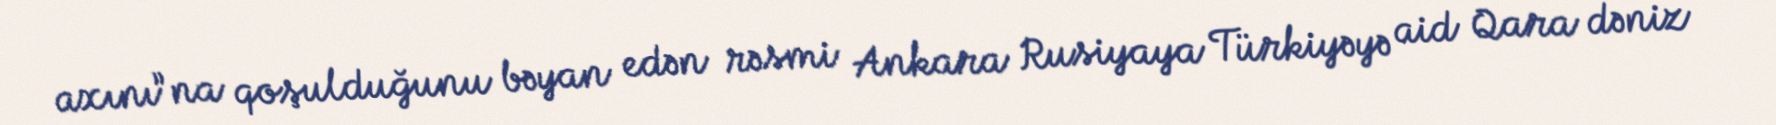
axını”na qoşulduğunu bəyan edən rəsmi Ankara Rusiyaya Türkiyəyə aid Qara dəniz